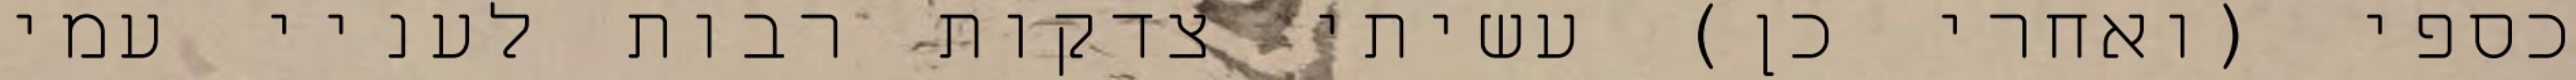
כספי (ואחרי כן) עשיתי צדקות רבות לעניי עמי